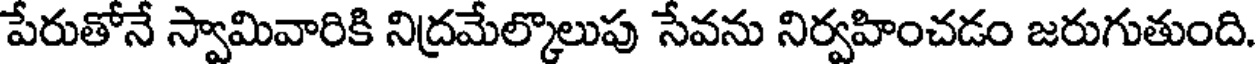
పేరుతోనే స్వామివారికి నిద్రమేల్కొలుపు సేవను నిర్వహించడం జరుగుతుంది.